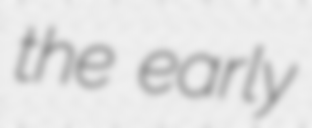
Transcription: the early